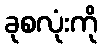
ခုစလုံးကို